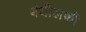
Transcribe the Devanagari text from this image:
बंधीलकी